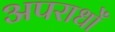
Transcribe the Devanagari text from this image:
अपराधोँ